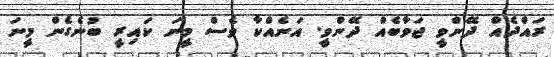
ރައްދެއް ދޭންވީ ޖަވާބެއް ދޭންވީ. އަނެއްކާ ވެސް މީނަ ކައިރީ ބުނެގެން މީނަ